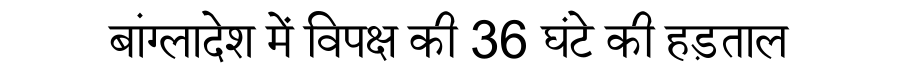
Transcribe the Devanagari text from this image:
बांग्लादेश में विपक्ष की 36 घंटे की हड़ताल